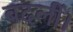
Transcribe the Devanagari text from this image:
बदलीं।